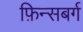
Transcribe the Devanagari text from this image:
फ़िन्सबर्ग